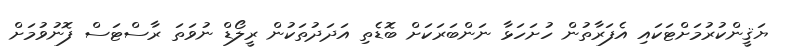
ޔަޤީންކުރުމަށްޓަކައި އެފަރާތުން ހުށަހަޅާ ނަންބަރަކަށް ބޮޑެތި އަދަދުތަކުން ރީލޯޑް ނުވަތަ ރާސްޓަސް ފޮނުވުމަށް